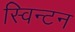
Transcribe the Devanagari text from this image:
स्विन्टन